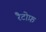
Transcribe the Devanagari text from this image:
रैटोफ़